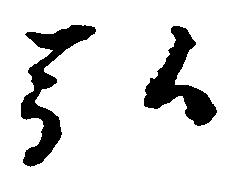
弘